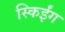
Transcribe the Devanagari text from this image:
स्किईंग